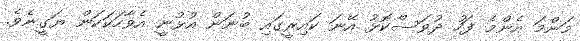
މަންމަ އެންމެ ފަހު ދުވަސްކޮޅު އޭނަ ކައިރީގައި ބުނަން އުޅުނީ އެވާހަކަކަން ޔަގީނެވެ.